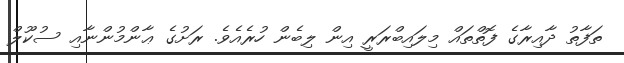
ތަފާތު ދާއިރާގެ ފޮތްތައް މިލައިބްރަރީ އިން ލިބެން ހުރެއެވެ. ރަށުގެ ޢާންމުންނާއި ސުކޫލް